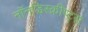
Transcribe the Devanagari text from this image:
नॉनडिस्क्रीप्ट्स